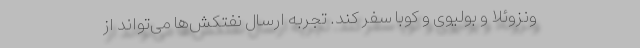
ونزوئلا و بولیوی و کوبا سفر کند. تجربه ارسال نفتکش‌ها می‌تواند از